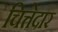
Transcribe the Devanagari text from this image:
चित्तेदार